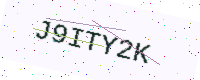
Text: J9ITY2K